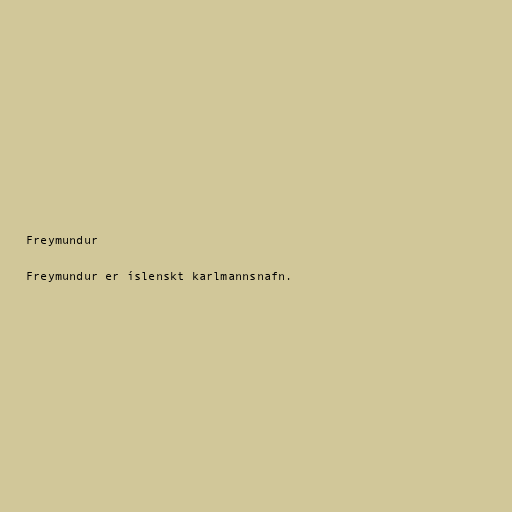
Freymundur

Freymundur er íslenskt karlmannsnafn.